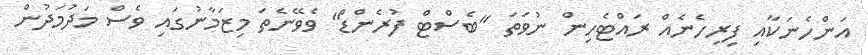
އަންހެނަކާއި ފިރިހެނެއް ރައްޓެހިން ނުވަތަ "ބެސްޓް ފުރެންޑް" ވެވޭނެތަ މިޒަމާނުގައި ވެސް މަދުމަދުން